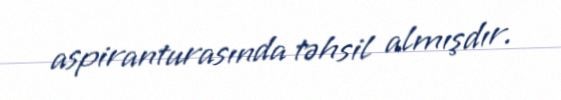
aspiranturasında təhsil almışdır.